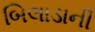
બિલાડાની